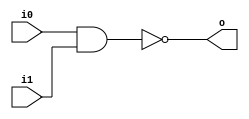
`timescale 1ns / 1ps
//////////////////////////////////////////////////////////////////////////////////
// Company: 
// Engineer: 
// 
// Design Name: 
// Module Name: nand_gate
// Project Name: 
// Target Devices: 
// Tool Versions: 
// Description: 
// 
// Dependencies: 
// 
// Revision:
// Revision 0.01 - File Created
// Additional Comments:
// 
//////////////////////////////////////////////////////////////////////////////////


module nand_gate (i0, i1, o);
    input   wire    i0, i1;    
    output  wire    o;
    
    assign o = ~(i0 & i1);
endmodule